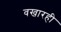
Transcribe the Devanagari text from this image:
वखारही